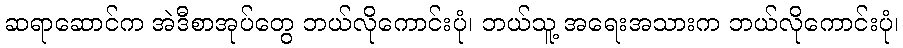
ဆရာဆောင်က အဲဒီစာအုပ်တွေ ဘယ်လိုကောင်းပုံ၊ ဘယ်သူ့ အရေးအသားက ဘယ်လိုကောင်းပုံ၊